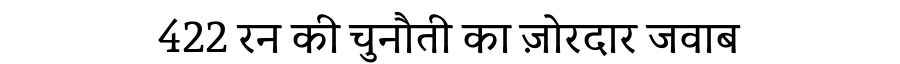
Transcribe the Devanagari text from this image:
422 रन की चुनौती का ज़ोरदार जवाब